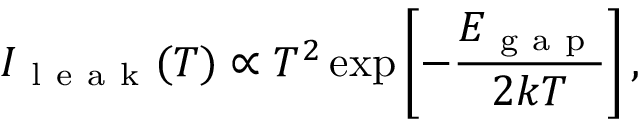
I _ { \mathrm { ~ l ~ e ~ a ~ k ~ } } ( T ) \propto T ^ { 2 } \exp \left[ - \frac { E _ { \mathrm { ~ g ~ a ~ p ~ } } } { 2 k T } \right] ,